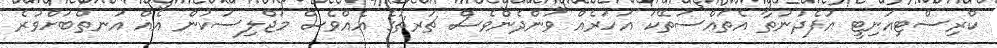
ކްރިސްޓިއަނިޓީ އުފެދުނުތާ އެތައްސަތޭކަ އަހަރެއް ވަންދެންވެސް ޗަރޗުގެ އެއްވެސް މަޖްލިސަކުން އެއް އަނތްބަށްވުރެ